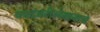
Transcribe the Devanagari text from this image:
कादंबरीलेखनाचे